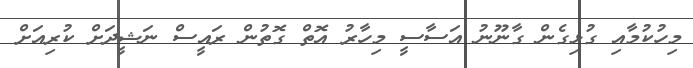
މިހުކުމާއި ގުޅިގެން ގާނޫނު އަސާސީ މިހާރު އޮތް ގޮތުން ރައީސް ނަޝީދަށް ކުރިއަށް